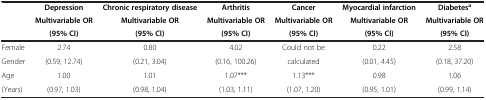
| <ROWSPAN=3>  | Depression | Chronic respiratory disease | Arthritis | Cancer | Myocardial infarction | Diabetesa |
 | Multivariable OR | Multivariable OR | Multivariable OR | Multivariable OR | Multivariable OR | Multivariable OR |
 | (95% CI) | (95% CI) | (95% CI) | (95% CI) | (95% CI) | (95% CI) |
 | --- | --- | --- | --- | --- | --- | --- |
 | Female | 2.74 | 0.80 | 4.02 | Could not be | 0.22 | 2.58 |
 | Gender | (0.59, 12.74) | (0.21, 3.04) | (0.16, 100.26) | calculated | (0.01, 4.45) | (0.18, 37.20) |
 | Age | 1.00 | 1.01 | 1.07*** | 1.13*** | 0.98 | 1.06 |
 | (Years) | (0.97, 1.03) | (0.98, 1.04) | (1.03, 1.11) | (1.07, 1.20) | (0.95, 1.01) | (0.99, 1.14) |